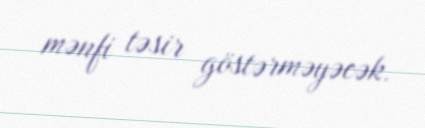
mənfi təsir göstərməyəcək.